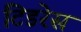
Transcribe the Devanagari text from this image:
टिडरेस